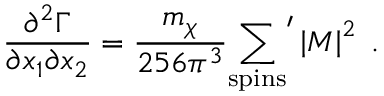
\frac { \partial ^ { 2 } \Gamma } { \partial x _ { 1 } \partial x _ { 2 } } = { \frac { m _ { \chi } } { 2 5 6 \pi ^ { 3 } } } { \sum _ { \mathrm { s p i n s } } } ^ { \prime } \left| { \cal M } \right| ^ { 2 } \; .